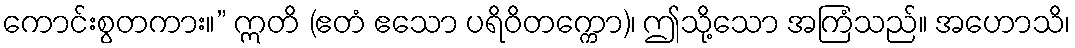
ကောင်းစွတကား။” ဣတိ (ဧတံ ဧသော ပရိဝိတက္ကော)၊ ဤသို့သော အကြံသည်။ အဟောသိ၊